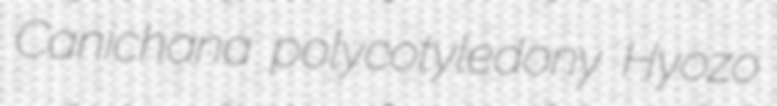
Canichana polycotyledony Hyozo